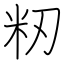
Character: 籾